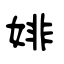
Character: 婔